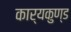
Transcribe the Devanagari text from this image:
कार्यकुण्ड